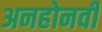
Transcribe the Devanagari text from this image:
अनहोनवी